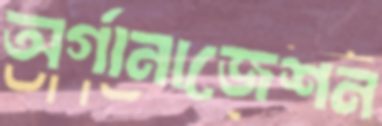
অর্গানাজেশন